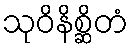
သုဝိနိစ္ဆိတံ